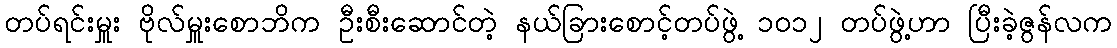
တပ်ရင်းမှူး ဗိုလ်မှူးစောဘိက ဦးစီးဆောင်တဲ့ နယ်ခြားစောင့်တပ်ဖွဲ့ ၁၀၁၂ တပ်ဖွဲ့ဟာ ပြီးခဲ့ဇွန်လက